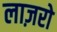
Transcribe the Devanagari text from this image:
लाज़रो